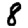
Digit: 8